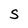
Character: S